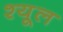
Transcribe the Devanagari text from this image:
श्यूल